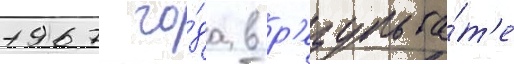
1967 го́да в р'езульта́т'е